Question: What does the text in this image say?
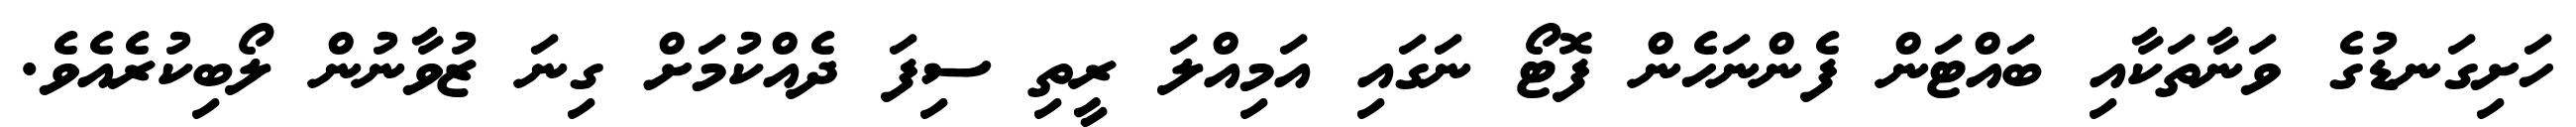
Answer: ހަށިގަނޑުގެ ވަނާތަކާއި ބައްޓަން ފެންނަހެން ފޮޓޯ ނަގައި އަމިއްލަ ރީތި ސިފަ ދެއްކުމަށް ގިނަ ޒުވާނުން ލޯބިކުރެއެވެ.